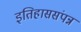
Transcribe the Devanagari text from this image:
इतिहाससंपन्न